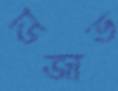
ডিজার্ভ